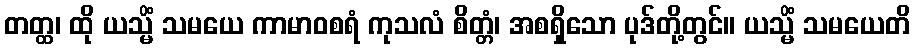
တတ္ထ၊ ထို ယသ္မိံ သမယေ ကာမာဝစရံ ကုသလံ စိတ္တံ၊ အစရှိသော ပုဒ်တို့တွင်။ ယသ္မိံ သမယေတိ